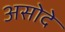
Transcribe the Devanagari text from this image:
असोदे